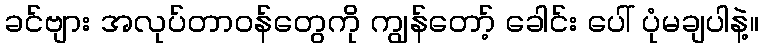
ခင်ဗျား အလုပ်တာဝန်တွေကို ကျွန်တော့် ခေါင်း ပေါ် ပုံမချပါနဲ့။